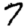
Digit: 7